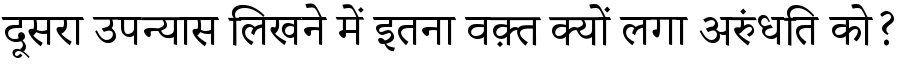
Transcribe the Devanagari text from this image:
दूसरा उपन्यास लिखने में इतना वक़्त क्यों लगा अरुंधति को?